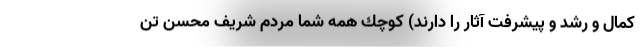
كمال و رشد و پيشرفت آثار را دارند) كوچك همه شما مردم شريف محسن تن